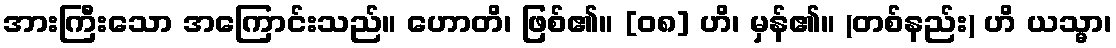
အားကြီးသော အကြောင်းသည်။ ဟောတိ၊ ဖြစ်၏။ [၀၈] ဟိ၊ မှန်၏။ (တစ်နည်း) ဟိ ယသ္မာ၊